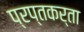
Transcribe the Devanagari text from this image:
प्रप्तकर्ता